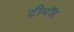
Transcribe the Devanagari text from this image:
टीमॉर